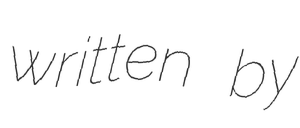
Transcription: written by